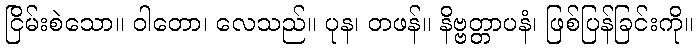
ငြိမ်းစဲသော။ ဝါတော၊ လေသည်။ ပုန၊ တဖန်။ နိဗ္ဗတ္တာပနံ၊ ဖြစ်ပြန်ခြင်းကို။